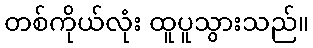
တစ်ကိုယ်လုံး ထူပူသွားသည်။